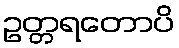
ဥတ္တရတောပိ